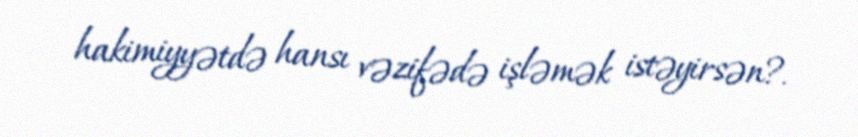
hakimiyyətdə hansı vəzifədə işləmək istəyirsən?.